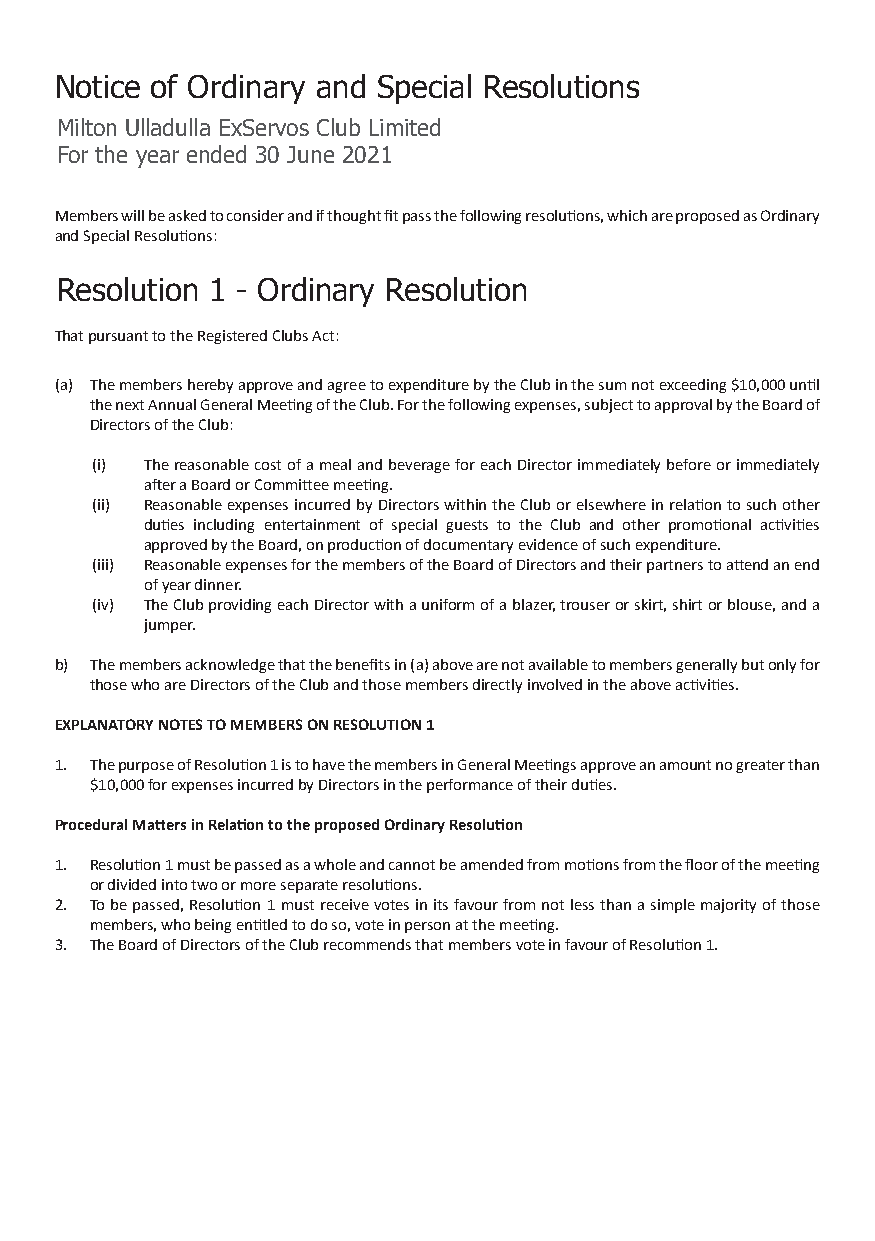
Notice of Ordinary and Special Resolutions
 Milton Ulladulla ExServos Club Limited
 For the year ended 30 June 2021
 Members will be asked to consider and if thought fit pass the following resolutions, which are proposed as Ordinary
 and Special Resolutions:
 Resolution 1 - Ordinary Resolution
 That pursuant to the Registered Clubs Act:
 (a) The members hereby approve and agree to expenditure by the Club in the sum not exceeding $10,000 until
 the next Annual General Meeting of the Club. For the following expenses, subject to approval by the Board of
 Directors of the Club:
 (i) The reasonable cost of a meal and beverage for each Director immediately before or immediately
 after a Board or Committee meeting.
 (ii) Reasonable expenses incurred by Directors within the Club or elsewhere in relation to such other
 duties including entertainment of special guests to the Club and other promotional activities
 approved by the Board, on production of documentary evidence of such expenditure.
 (iii) Reasonable expenses for the members of the Board of Directors and their partners to attend an end
 of year dinner.
 (iv) The Club providing each Director with a uniform of a blazer, trouser or skirt, shirt or blouse, and a
 jumper.
 b) The members acknowledge that the benefits in (a) above are not available to members generally but only for
 those who are Directors of the Club and those members directly involved in the above activities.
 EXPLANATORY NOTES TO MEMBERS ON RESOLUTION 1
 1. The purpose of Resolution 1 is to have the members in General Meetings approve an amount no greater than
 $10,000 for expenses incurred by Directors in the performance of their duties.
 Procedural Matters in Relation to the proposed Ordinary Resolution
 1. Resolution 1 must be passed as a whole and cannot be amended from motions from the floor of the meeting
 or divided into two or more separate resolutions.
 2. To be passed, Resolution 1 must receive votes in its favour from not less than a simple majority of those
 members, who being entitled to do so, vote in person at the meeting.
 3. The Board of Directors of the Club recommends that members vote in favour of Resolution 1.